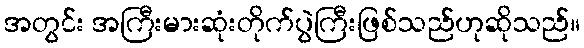
အတွင်း အကြီးမားဆုံးတိုက်ပွဲကြီးဖြစ်သည်ဟုဆိုသည်။